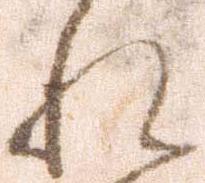
れ